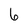
Character: 6